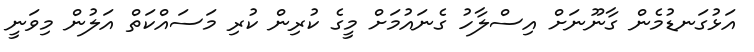
އަޅުގަނޑުމެން ގާނޫނަށް އިސްލާހު ގެނައުމަށް މީގެ ކުރިން ކުރި މަސައްކަތް އަލުން މިވަނީ